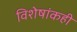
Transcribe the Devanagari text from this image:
विशेषांकही